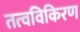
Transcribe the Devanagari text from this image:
तत्वविकिरण